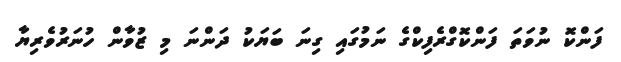
ފަންކޮ ނުވަތަ ފަންކޮގްރެފިކްގެ ނަމުގައި ގިނަ ބަޔަކު ދަންނަ މި ޒުވާން ހުނަރުވެރިޔާ